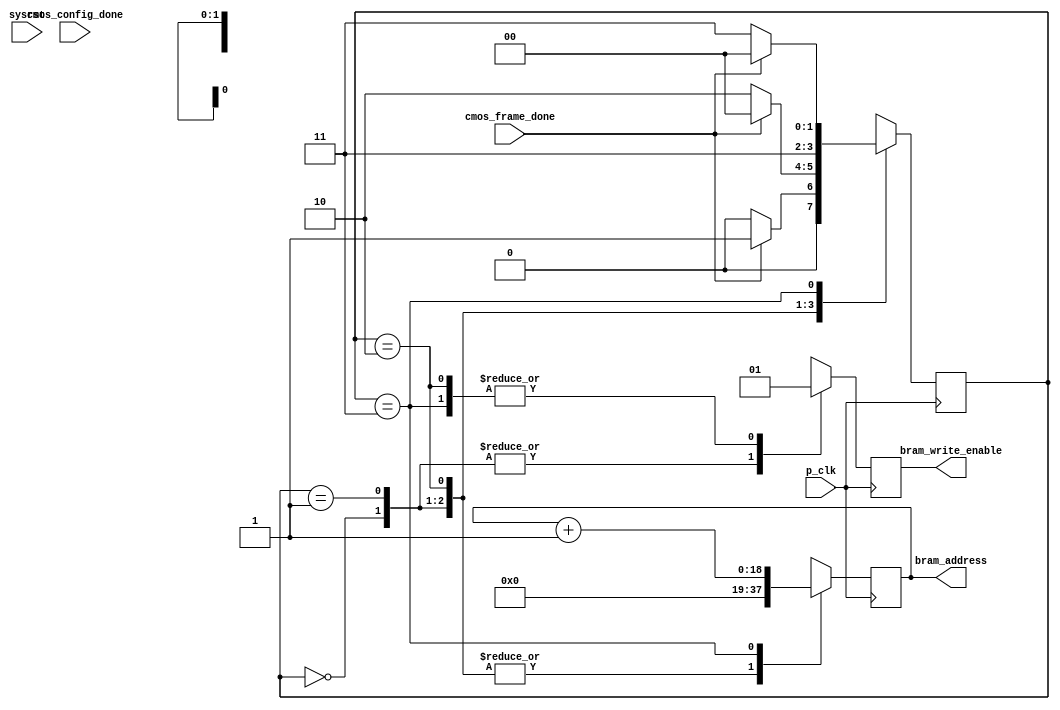
`timescale 1ns / 1ps
//////////////////////////////////////////////////////////////////////////////////
// Company: 
// Engineer: 
// 
// Design Name: 
// Module Name: bram_controller
// Project Name: 
// Target Devices: 
// Tool Versions: 
// Description: 
// 
// Dependencies: 
// 
// Revision:
// Revision 0.01 - File Created
// Additional Comments:
// 
//////////////////////////////////////////////////////////////////////////////////


module camera_bram_controller(
    input sysrst,
    input p_clk,
    input cmos_config_done,
    input cmos_frame_done,              // Signals end of one frame/start of another
    output reg bram_write_enable,
    output reg[18:0] bram_address
);
    /** FSM states */
    localparam IDLE = 0;                // Default case
    localparam WAIT_FRAME_START = 1;    // Frame has been completed, waiting for new frame input to start
    localparam START_WRITE_FRAME = 2;   // Start writing new frame from camera
    localparam WRITE_FRAME = 3;         // Continue writing frame, incrementing address each time

    /** Registers */
    reg[1:0] fsm_state = IDLE;

    /** FSM (combinational, as synchronization is handled in bram_memory) */
    always @ (posedge p_clk) begin
        case(fsm_state)
            IDLE: begin
                bram_write_enable <= 0;
                bram_address <= 19'b0;

                fsm_state <= cmos_frame_done ? WAIT_FRAME_START : IDLE;
            end
            WAIT_FRAME_START: begin
                bram_write_enable <= 0;
                bram_address <= 19'b0;

                fsm_state <= !cmos_frame_done ? START_WRITE_FRAME : IDLE;
            end
            START_WRITE_FRAME: begin
                bram_write_enable <= 1;
                bram_address <= 19'b0;
                fsm_state <= WRITE_FRAME;
            end
            WRITE_FRAME: begin
                bram_write_enable <= 1;
                bram_address <= bram_address + 1;  // Increment address
                fsm_state <= cmos_frame_done ? IDLE : WRITE_FRAME;
            end
        endcase
        
//        if(!cmos_config_done || sysrst) fsm_state <= IDLE;

    end









endmodule